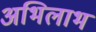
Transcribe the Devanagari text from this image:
अभिलाभ